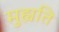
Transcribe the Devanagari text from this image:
मुह्यति